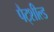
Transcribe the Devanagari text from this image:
पैट्शील्ड